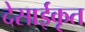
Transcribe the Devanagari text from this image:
देसाईकृत